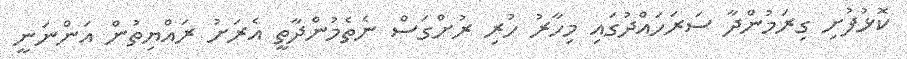
ކޮޅުފުށި ގިރަމުންދާ ސަރަހައްދުގައި މިހާރު ހުރި ރުށްގަސް ނެތެމުންދާތީ އެރަށު ރައްޔިތުން އަންނަނީ